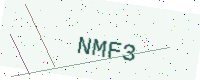
Text: NMF3